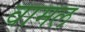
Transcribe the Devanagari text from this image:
वामल